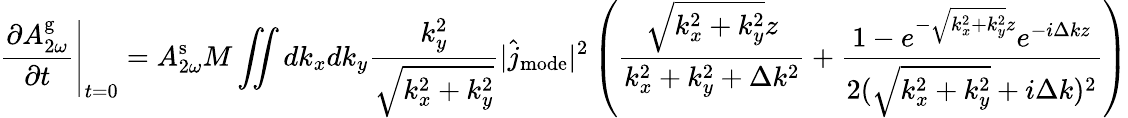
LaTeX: \left.\frac{\partial A_{2\omega}^{\mathrm{g}}}{\partial t}\right|_{t=0}=A_{2\omega}^{\mathrm{s}}M\iint dk_{x}dk_{y}\frac{k_{y}^{2}}{\sqrt{k_{x}^{2}+k_{y}^{2}}}|\hat{j}_{\mathrm{mode}}|^{2}\left(\frac{\sqrt{k_{x}^{2}+k_{y}^{2}}z}{k_{x}^{2}+k_{y}^{2}+\Delta k^{2}}+\frac{1-e^{-\sqrt{k_{x}^{2}+k_{y}^{2}}z}e^{-i\Delta kz}}{2(\sqrt{k_{x}^{2}+k_{y}^{2}}+i\Delta k)^{2}}\right)